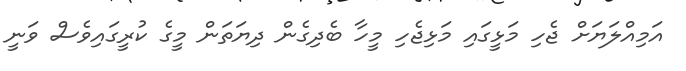
އަމިއްލަޔަށް ޖެހި މަޅީގައި މަޅިޖެހި މީހާ ބެދިގެން ދިޔަތަން މީގެ ކުރީގައިވެސް ވަނީ